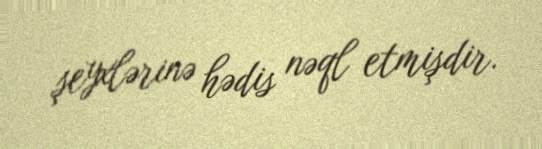
şeyxlərinə hədis nəql etmişdir.